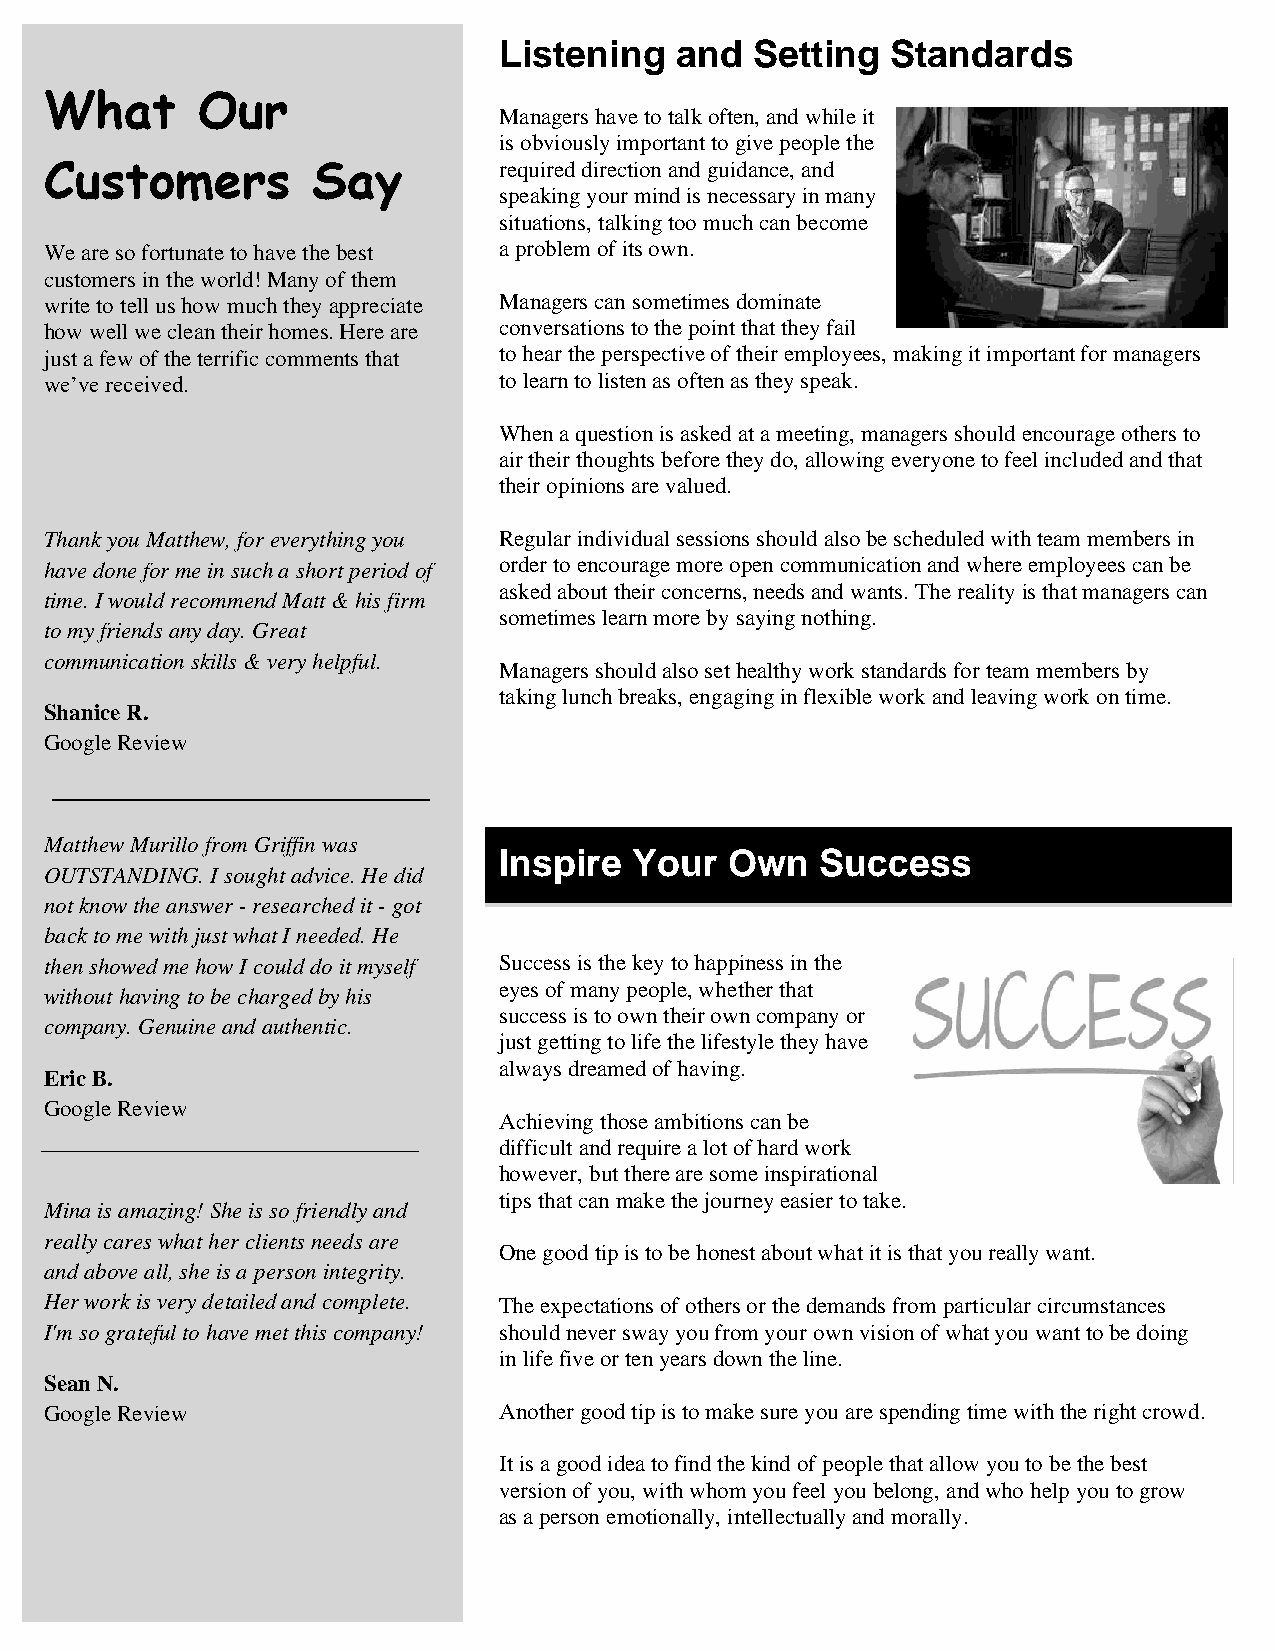
Listening   and  Setting  Standards
 What      Our
 Managers have to talk often, and while it
 is obviously important to give people the
 Customers         Say         required direction and guidance, and
 speaking your mind is necessary in many
 situations, talking too much can become
 We are so fortunate to have the best a problem of its own.
 customers in the world! Many of them
 write to tell us how much they appreciate Managers can sometimes dominate
 how well we clean their homes. Here are conversations to the point that they fail
 just a few of the terrific comments that to hear the perspective of their employees, making it important for managers
 we’ve received.               to learn to listen as often as they speak.
 When a question is asked at a meeting, managers should encourage others to
 air their thoughts before they do, allowing everyone to feel included and that
 their opinions are valued.
 Thank you Matthew, for everything you Regular individual sessions should also be scheduled with team members in
 have done for me in such a short period of order to encourage more open communication and where employees can be
 asked about their concerns, needs and wants. The reality is that managers can
 time. I would recommend Matt & his firm
 sometimes learn more by saying nothing.
 to my friends any day. Great
 communication skills & very helpful.
 Managers should also set healthy work standards for team members by
 taking lunch breaks, engaging in flexible work and leaving work on time.
 Shanice R.
 Google Review
 Matthew Murillo from Griffin was
 Inspire  Your  Own   Success
 OUTSTANDING. I sought advice. He did
 not know the answer - researched it - got
 back to me with just what I needed. He
 then showed me how I could do it myself Success is the key to happiness in the
 eyes of many people, whether that
 without having to be charged by his
 success is to own their own company or
 company. Genuine and authentic.
 just getting to life the lifestyle they have
 always dreamed of having.
 Eric B.
 Google Review
 Achieving those ambitions can be
 difficult and require a lot of hard work
 however, but there are some inspirational
 tips that can make the journey easier to take.
 Mina is amazing! She is so friendly and
 really cares what her clients needs are
 One good tip is to be honest about what it is that you really want.
 and above all, she is a person integrity.
 Her work is very detailed and complete. The expectations of others or the demands from particular circumstances
 I'm so grateful to have met this company! should never sway you from your own vision of what you want to be doing
 in life five or ten years down the line.
 Sean N.
 Google Review                 Another good tip is to make sure you are spending time with the right crowd.
 It is a good idea to find the kind of people that allow you to be the best
 version of you, with whom you feel you belong, and who help you to grow
 as a person emotionally, intellectually and morally.